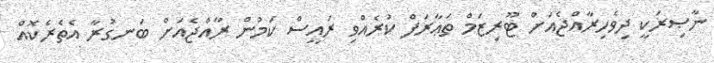
ނާޞިރަކީ ދިވެހިރާއްޖެއަށް ޓޫރިޒަމް ތަޢާރަފް ކުރެއްވި ރައީސް ކަމުން ރާއްޖެއަށް ބަނގުރާ އެތެރެކޮއް